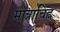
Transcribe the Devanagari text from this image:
मात्राचिह्न